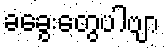
ခခွေးတွေပါဗျာ